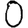
Digit: 0